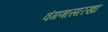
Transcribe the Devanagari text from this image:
वंगणासारखा